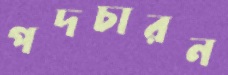
পদচারন